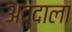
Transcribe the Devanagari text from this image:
अद्दाला